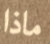
ماذا